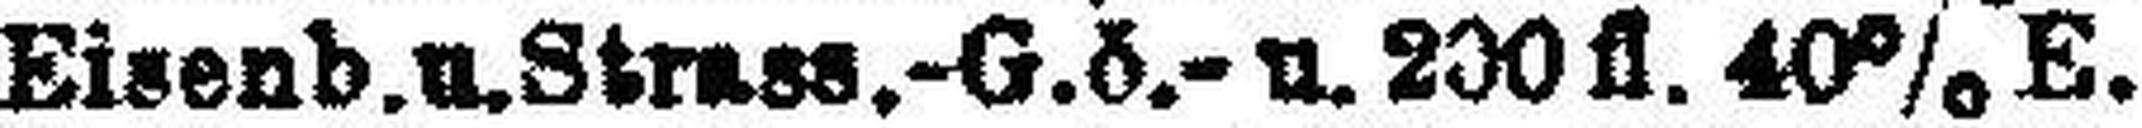
Eisenb. u. Strass.-G.ö.- u. 200 fl. 40% E.